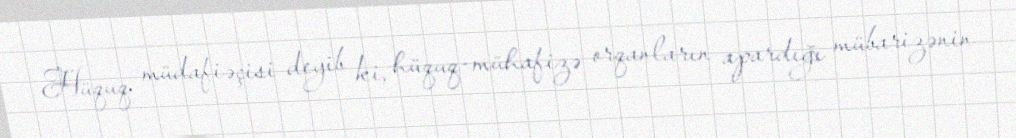
Hüquq müdafiəçisi deyib ki, hüquq-mühafizə orqanların apardığı mübarizənin